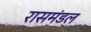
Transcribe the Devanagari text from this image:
रासमंडल